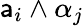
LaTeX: \mathsf{a}_{i}\wedge\alpha_{j}